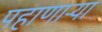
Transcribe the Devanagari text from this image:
पहाणार्‍या